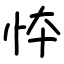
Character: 㤒